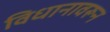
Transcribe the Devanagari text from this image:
विधानावरून